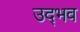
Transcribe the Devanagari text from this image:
उद्‍भव